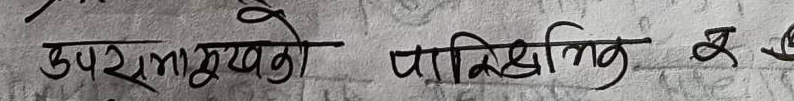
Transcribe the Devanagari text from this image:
उपरामुखको पार्किगं के